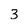
Character: 3